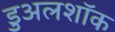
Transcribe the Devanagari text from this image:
डुअलशॉक